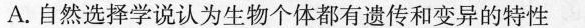
A.自然选择学说认为生物个体都有遗传和变异的特性